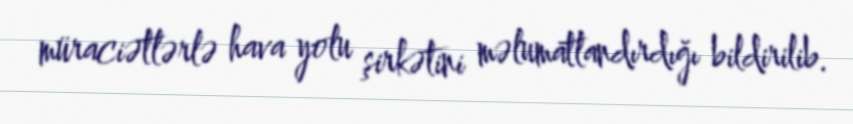
müraciətlərlə hava yolu şirkətini məlumatlandırdığı bildirilib.